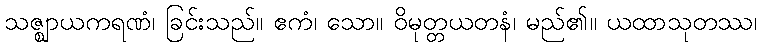
သဇ္ဈာယကရဏံ၊ ခြင်းသည်။ ဧကံ၊ သော။ ဝိမုတ္တယတနံ၊ မည်၏။ ယထာသုတဿ၊